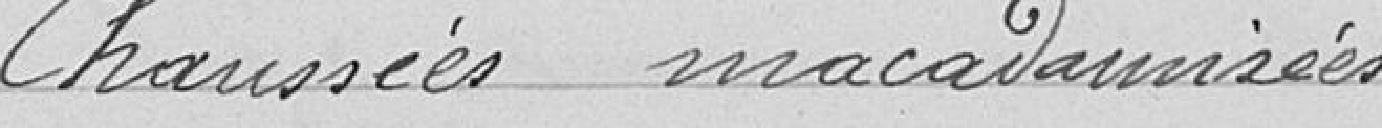
Chaussées macadamisées.